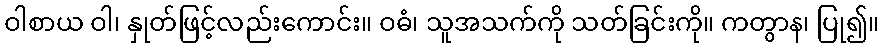
ဝါစာယ ဝါ၊ နှုတ်ဖြင့်လည်းကောင်း။ ဝဓံ၊ သူအသက်ကို သတ်ခြင်းကို။ ကတွာန၊ ပြု၍။